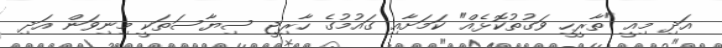
އަދި މިއީ "ތާރީހީ ވަގުތުކޮޅެެއް" ކަމަށާއި ގައުމުގެ ހާރިޖީ ސިޔާސަތަކީ މިނިވަން އަދި